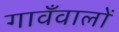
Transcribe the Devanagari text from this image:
गावँवालों